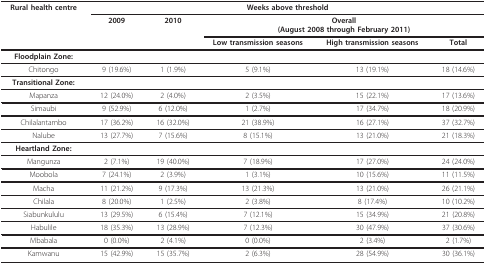
<table><thead><tr><td><b>Rural health centre</b></td><td colspan="5"><b>Weeks above threshold</b></td></tr><tr><td></td><td><b>2009</b></td><td><b>2010</b></td><td colspan="3"><b>Overall(August 2008 through February 2011)</b></td></tr><tr><td></td><td></td><td></td><td><b>Low transmission seasons</b></td><td><b>High transmission seasons</b></td><td><b>Total</b></td></tr></thead><tbody><tr><td><b>Floodplain Zone:</b></td><td></td><td></td><td></td><td></td><td></td></tr><tr><td>Chitongo</td><td>9 (19.6%)</td><td>1 (1.9%)</td><td>5 (9.1%)</td><td>13 (19.1%)</td><td>18 (14.6%)</td></tr><tr><td><b>Transitional Zone:</b></td><td></td><td></td><td></td><td></td><td></td></tr><tr><td>Mapanza</td><td>12 (24.0%)</td><td>2 (4.0%)</td><td>2 (3.5%)</td><td>15 (22.1%)</td><td>17 (13.6%)</td></tr><tr><td>Simaubi</td><td>9 (52.9%)</td><td>6 (12.0%)</td><td>1 (2.7%)</td><td>17 (34.7%)</td><td>18 (20.9%)</td></tr><tr><td>Chilalantambo</td><td>17 (36.2%)</td><td>16 (32.0%)</td><td>21 (38.9%)</td><td>16 (27.1%)</td><td>37 (32.7%)</td></tr><tr><td>Nalube</td><td>13 (27.7%)</td><td>7 (15.6%)</td><td>8 (15.1%)</td><td>13 (21.0%)</td><td>21 (18.3%)</td></tr><tr><td><b>Heartland Zone:</b></td><td></td><td></td><td></td><td></td><td></td></tr><tr><td>Mangunza</td><td>2 (7.1%)</td><td>19 (40.0%)</td><td>7 (18.9%)</td><td>17 (27.0%)</td><td>24 (24.0%)</td></tr><tr><td>Moobola</td><td>7 (24.1%)</td><td>2 (3.9%)</td><td>1 (3.1%)</td><td>10 (15.6%)</td><td>11 (11.5%)</td></tr><tr><td>Macha</td><td>11 (21.2%)</td><td>9 (17.3%)</td><td>13 (21.3%)</td><td>13 (21.0%)</td><td>26 (21.1%)</td></tr><tr><td>Chilala</td><td>8 (20.0%)</td><td>1 (2.5%)</td><td>2 (3.8%)</td><td>8 (17.4%)</td><td>10 (10.2%)</td></tr><tr><td>Siabunkululu</td><td>13 (29.5%)</td><td>6 (15.4%)</td><td>7 (12.1%)</td><td>15 (34.9%)</td><td>21 (20.8%)</td></tr><tr><td>Habulile</td><td>18 (35.3%)</td><td>13 (28.9%)</td><td>7 (12.3%)</td><td>30 (47.9%)</td><td>37 (30.6%)</td></tr><tr><td>Mbabala</td><td>0 (0.0%)</td><td>2 (4.1%)</td><td>0 (0.0%)</td><td>2 (3.4%)</td><td>2 (1.7%)</td></tr><tr><td>Kamwanu</td><td>15 (42.9%)</td><td>15 (35.7%)</td><td>2 (6.3%)</td><td>28 (54.9%)</td><td>30 (36.1%)</td></tr></tbody></table>